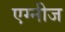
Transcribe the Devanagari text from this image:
एग्नीज